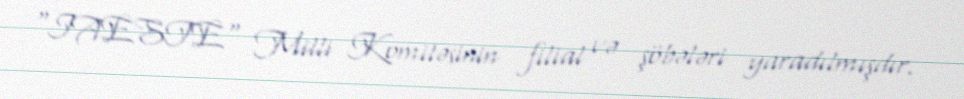
"IAESTE" Milli Komitəsinin filial və şöbələri yaradılmışdır.